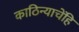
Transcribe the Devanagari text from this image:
काठिन्याचेंहि